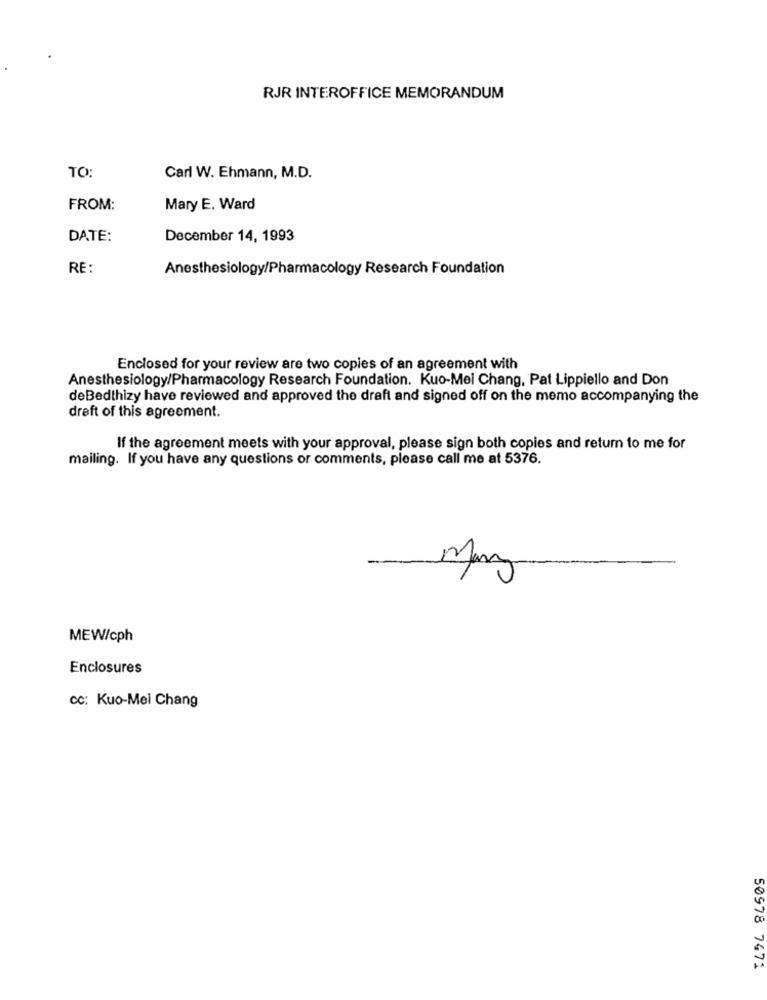
RJR INTEROFFICE MEMORANDUM
TO:
Carl W. Ehmann, M.D.
FROM:
Mary E. Ward
DATE:
December 14, 1993
RE :
Anesthesiology/Pharmacology Research Foundation
Enclosed for your review are two copies of an agreement with
Anesthesiology/Pharmacology Research Foundation. Kuo-Mei Chang, Pat Lippiello and Don
deBedthizy have reviewed and approved the draft and signed off on the memo accompanying the
draft of this agreement.
If the agreement meets with your approval, please sign both copies and return to me for
mailing. If you have any questions or comments, please call me at 5376.
-
MEW/cph
Enclosures
CC: Kuo-Mei Chang
50978 7471